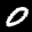
Label: 0